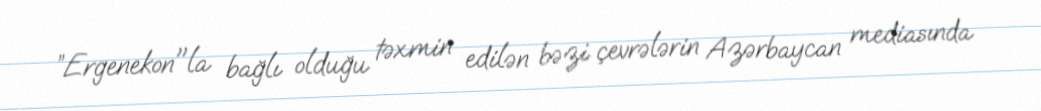
”Ergenekon"la bağlı olduğu təxmin edilən bəzi çevrələrin Azərbaycan mediasında